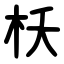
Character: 枖